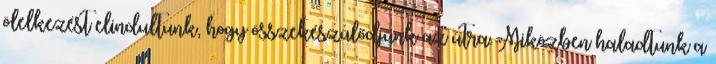
ölelkezést elindultunk, hogy összekészülődjünk az útra. Miközben haladtunk a